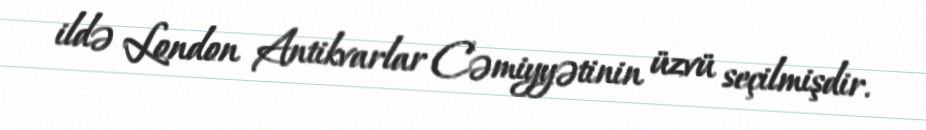
ildə London Antikvarlar Cəmiyyətinin üzvü seçilmişdir.